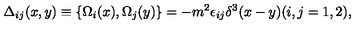
\Delta _ { i j } ( x , y ) \equiv \{ \Omega _ { i } ( x ) , \Omega _ { j } ( y ) \} = - m ^ { 2 } \epsilon _ { i j } \delta ^ { 3 } ( x - y ) ( i , j = 1 , 2 ) ,